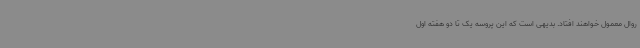
روال معمول خواهند افتاد. بدیهی است که این پروسه یک تا دو هفته اول